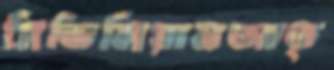
সিভিলিয়ানআত্